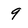
Character: 9